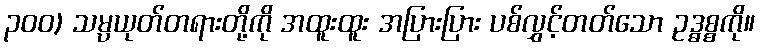
၃၀၀) သမ္ပယုတ်တရားတို့ကို အထူးထူး အပြားပြား ပစ်လွှင့်တတ်သော ဥဒ္ဓစ္စကို။